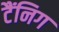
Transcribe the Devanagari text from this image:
टैंनिग